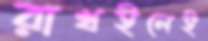
রাখইলেই